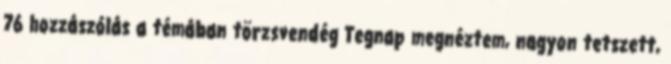
76 hozzászólás a témában törzsvendég Tegnap megnéztem, nagyon tetszett,